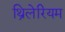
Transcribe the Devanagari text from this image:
थ्रिलेरियम